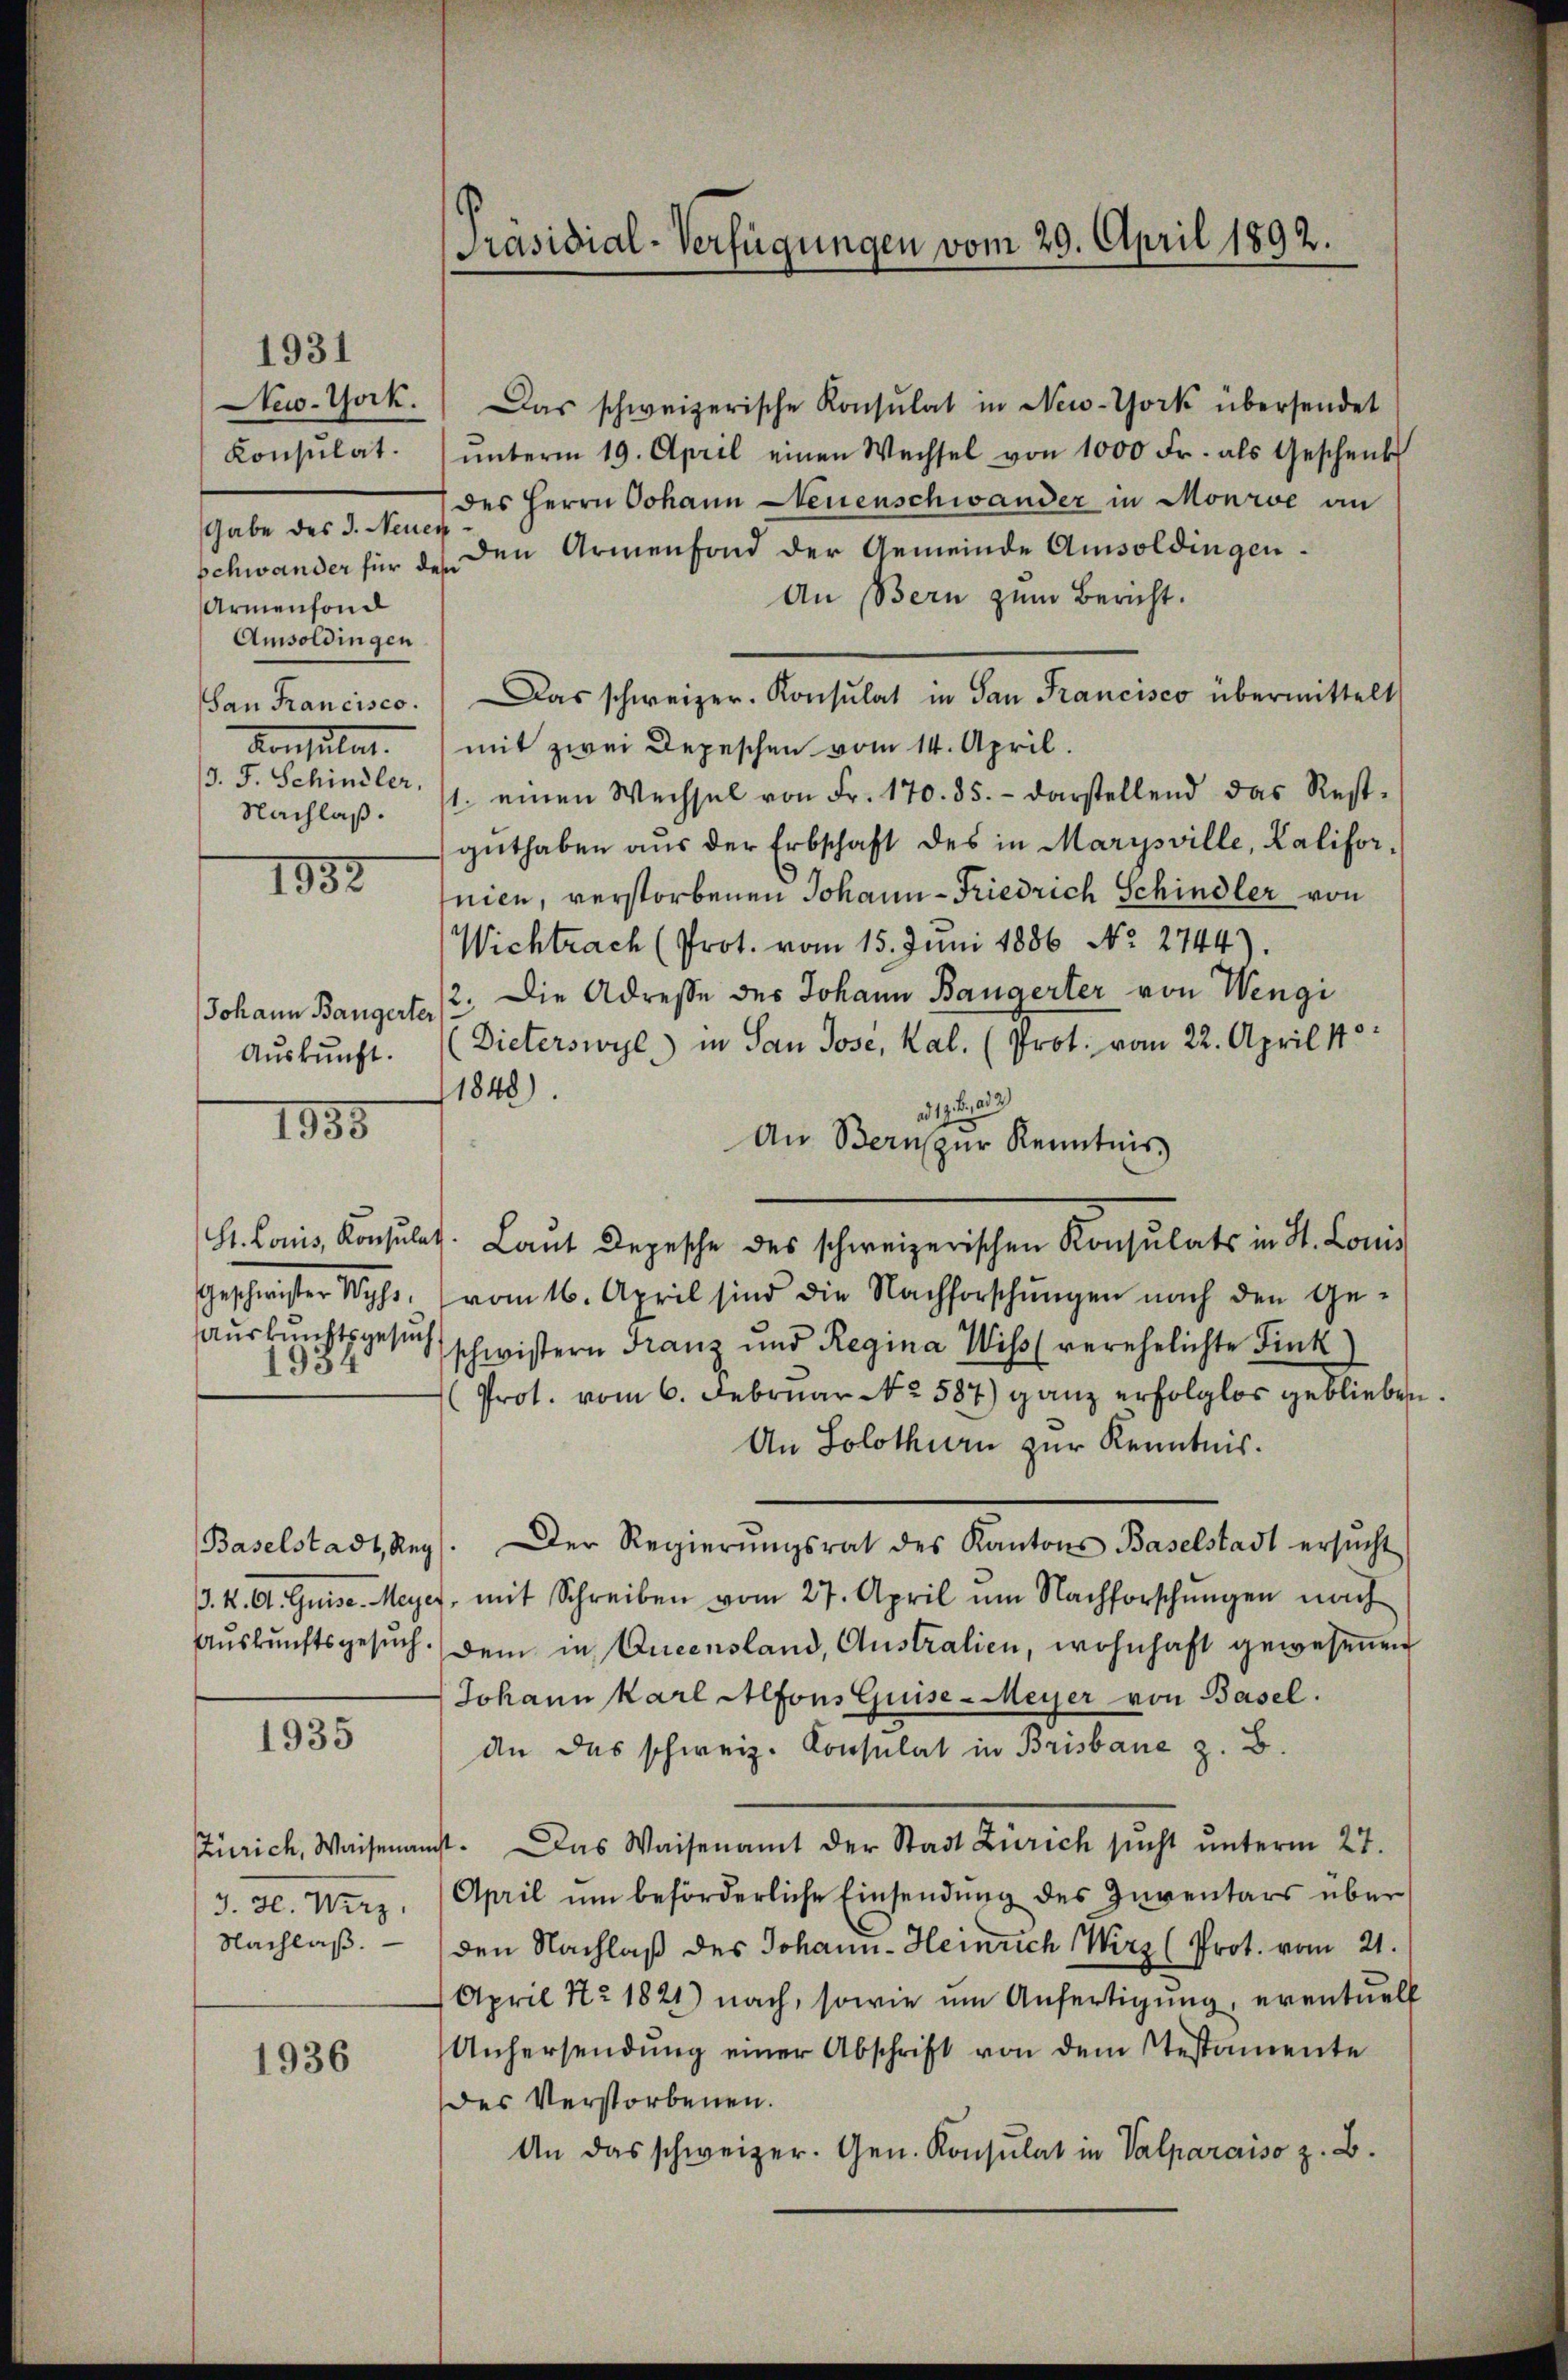
New-York.
Konsulat.
Gabe des J. Neuen
Schwander für des
Armenfond
Amsoldingen
Nachlaß.

Das schweizerische Konsulat in New-York übersendet
ŭnterm 19. April einen Wechsel von 1000 Fr. als Geschenk
des Herrn Johann tenenschwander in Mone an
den Armenfond der Gemeinde Amsoldingen¬
An Bern zum Bericht.
San Francisco. Das schweizer. Konsulat in San Francisco übermittelt
Konsulat mit zwei Depeschen vom 14. April.
13. J. Schindler, 11. einen Wechsel von Fr. 170. 85. - darstellend das Rest-
guthaben aus der Erbschaft des in Marysville, Kalifornien, verstorbenen Johann-Friedrich Schindler von
Wichtrach (Prot. vom 15. Juni 1886 No. 2744).
Johann Bangerte (2. Die Adresse des Johann Baugerter von Wengi
Aŭskŭnft. (Dieterswyl) in San Jose, Kal. (Prot. vom 22. April 178
1848).
a. 17. d. 23
An Bern zur Kenntnis
St. Louis, Konsulat. Laŭt Depesche des schweizerischen Konsulats in St. Lonis
Geschwister Wyss vom 16. April sind die Nachforschŭngen nach den Ge-
auskunftsgesuch schwistern Franz und Regina Wiß (verehelichte Fink)
Prot. vom 6. Februar No. 587) ganz erfolglos gebliebe
An Solothurn zur Kenntnis.
Baselstadt, Reg. Der Regierŭngsrat des Kantons Baselstadt ersŭcht
. K. A. Guise. Meyer, mit Schreiben vom 27. April um Nachforschŭngen nach
Aŭskŭnftsgesŭch dem in Queensland, Australien, wohnhaft gewesenen
Johann Karl Alfons Guise-Meyer von Basel.
1935
An das schweiz. Konsulat in Brisbane z. B.
Zürich, Waisenamt. Das Waisenamt der Stadt Zürich sucht ŭnterm 27.
3. 30. Wirz. April ŭm beförderliche Einsendŭng des Inventars über
Nachlaß. — Den Nachlaß des Johann-Heinrich Wirz (Prot. vom 21.
April Nr 1821) nach, sowie um Anfertigung, eventuell
Unhersendung einer Abschrift von dem Stestamente
des Verstorbenen.
An das schweizer. Gen. Konsulat in Valparaiso z. B.

1.

1852

1835.

1936

Präsidial-Verfügungen vom 29. April 1892.